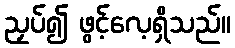
ညှပ်၍ ဖွင့်လေ့ရှိသည်။